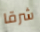
شرقا